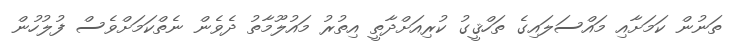
ތަނުން ކަމަށާއި މައްސަލައިގެ ތަހްޤީގު ކުރިއަށްދާތީ އިތުރު މައުލޫމާތު ދެވެން ނެތްކަމަށްވެސް ފުލުހުން